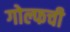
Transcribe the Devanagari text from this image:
गोल्फची